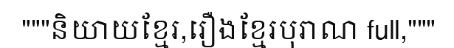
"""និយាយខ្មែរ,រឿងខ្មែរបុរាណ full,"""